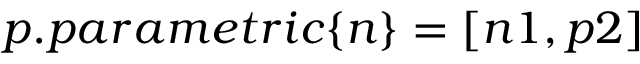
p . p a r a m e t r i c \{ n \} = [ n 1 , p 2 ]